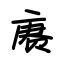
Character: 赓